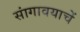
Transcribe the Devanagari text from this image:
सांगावयाचें